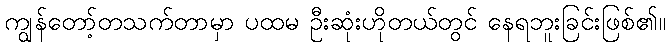
ကျွန်တော့်တသက်တာမှာ ပထမ ဦးဆုံးဟိုတယ်တွင် နေရဘူးခြင်းဖြစ်၏။